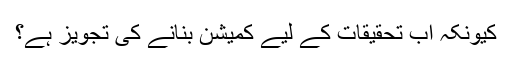
کیونکہ اب تحقیقات کے لیے کمیشن بنانے کی تجویز ہے؟